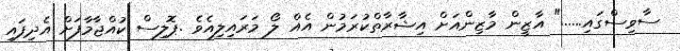
ސާވިސްގައި......" އާޒީން މާޒިންއަށް އިޝާރާތްކުރަމުން އެއް ލޯ މަރައިލިއެވެ .ޕޮލިސް ކުއްޖާމާފަށް އެދިފައި